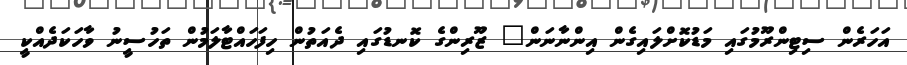
އަހަރެން ސިޓިންރޫމުގައި މަޑުކޮށްލައިގެން އިންނާނަން" ޒޫރިންގެ ކޮނޑުގައި ދެއަތުން ހިފަހައްޓާލަމުން ތަހުސީނު ވާހަކަދެއްކީ